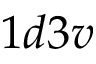
1 d 3 v